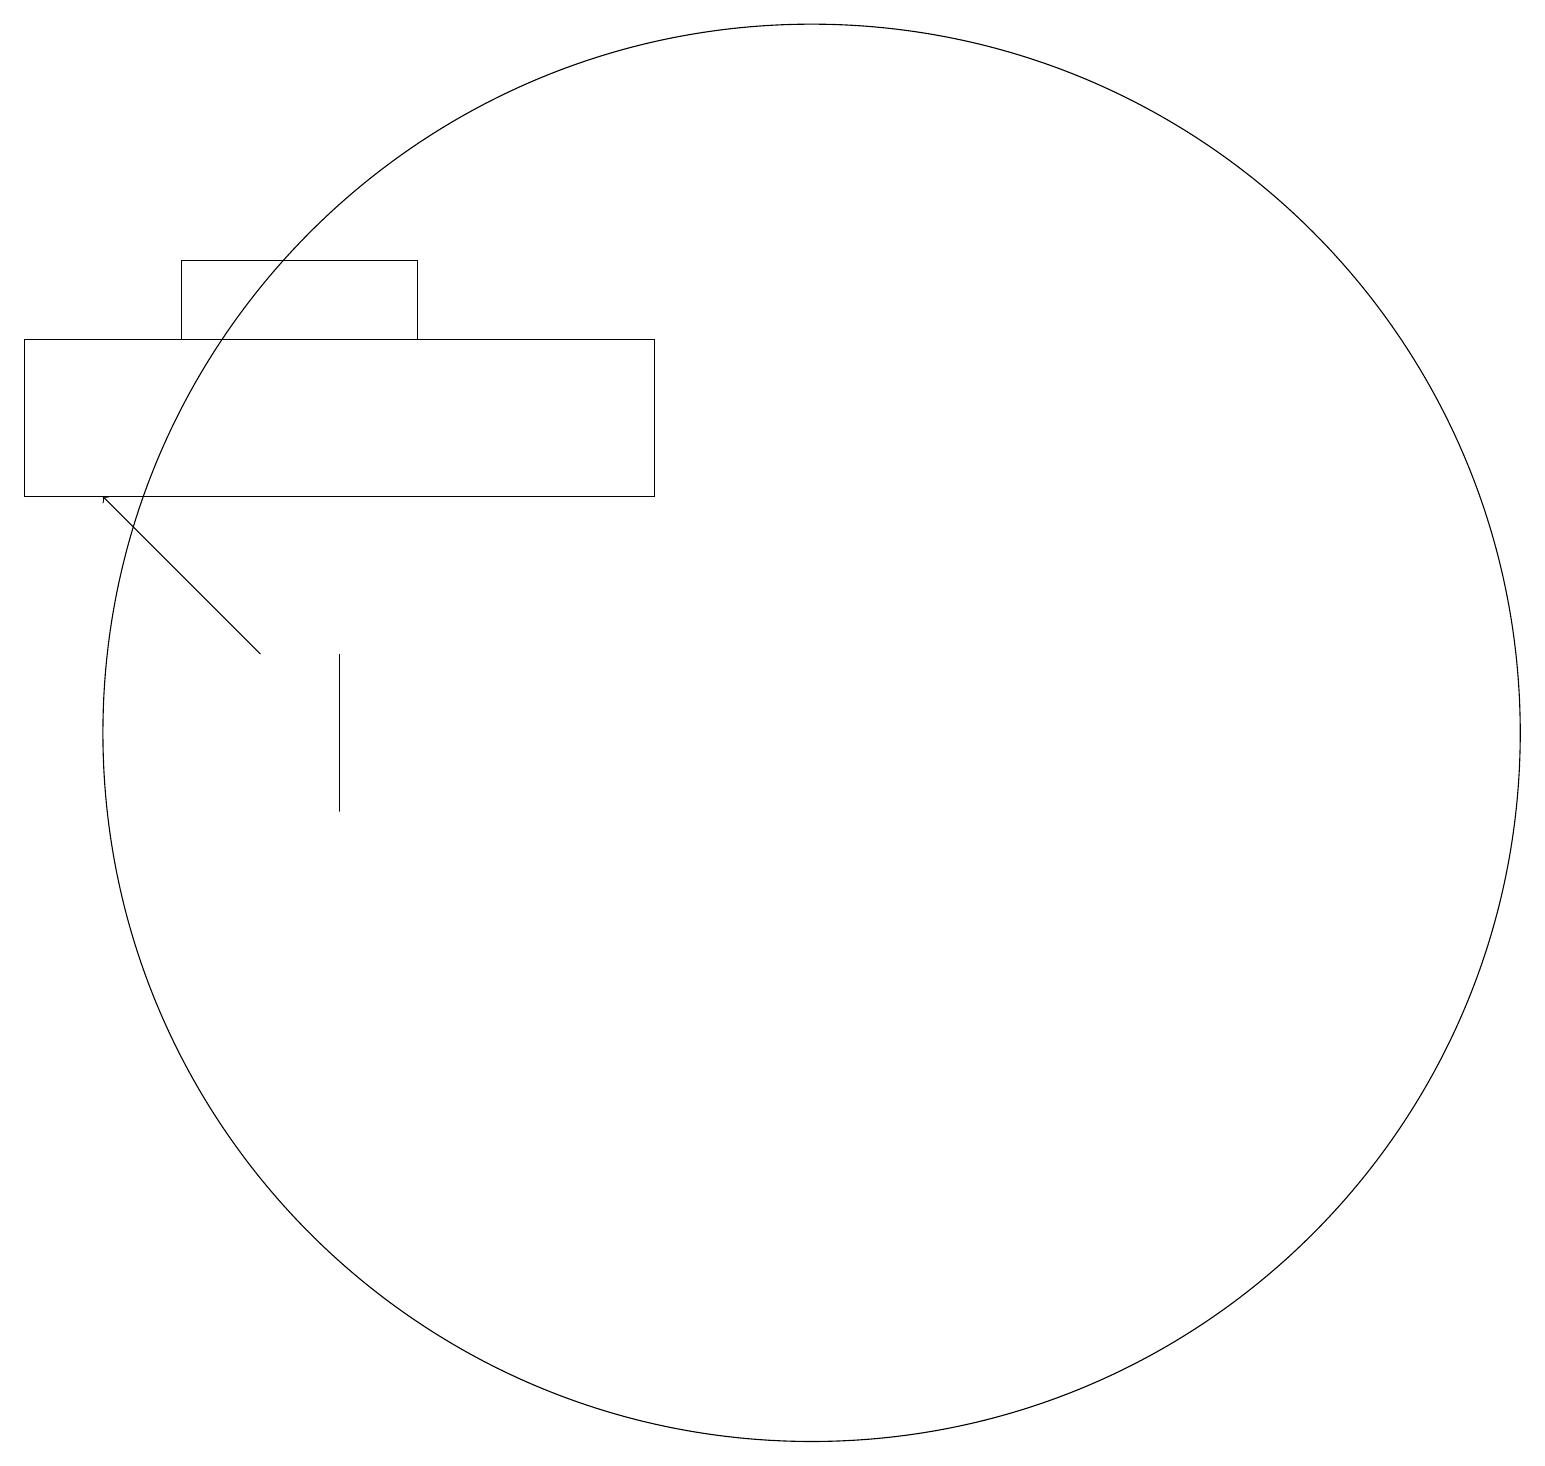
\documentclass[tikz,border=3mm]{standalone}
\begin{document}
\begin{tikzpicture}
\draw (4,12) rectangle (4,10);
\draw (8,14) rectangle (0,16);
\draw[->] (3,12) -- (1,14);
\draw (5,16) rectangle (2,17);
\draw (10,11) circle (9);
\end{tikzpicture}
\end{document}